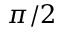
\pi / 2